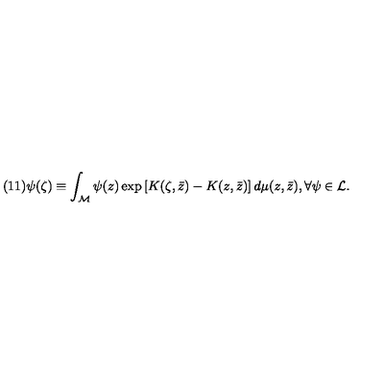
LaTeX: ( 1 1 ) \psi ( \zeta ) \equiv \int _ { \cal M } \psi ( z ) \exp \left[ K ( \zeta , \bar { z } ) - K ( z , \bar { z } ) \right] d \mu ( z , \bar { z } ) , \forall \psi \in { \cal L } .